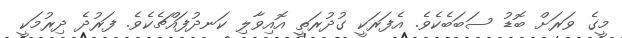
މީގެ ވަރަށް ބޮޑު ސަބަބެކެވެ. އެފަރަކީ ގުދުރަތީ އޮއިވާލި ކަނދުފައްޗެކެވެ. ފަރުދެ ދިރުމަކީ